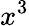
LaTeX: x^{3}